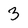
Character: 3